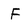
Character: F